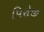
પિરોજી